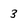
Character: 3